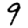
Digit: 9